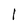
Character: l